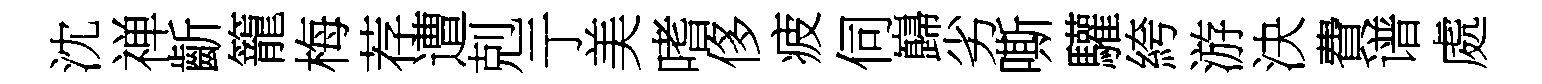
沈禅齗籠梅荐遭剋亍美嗜侈疲伺巋劣嘶驩絝游決費谱處